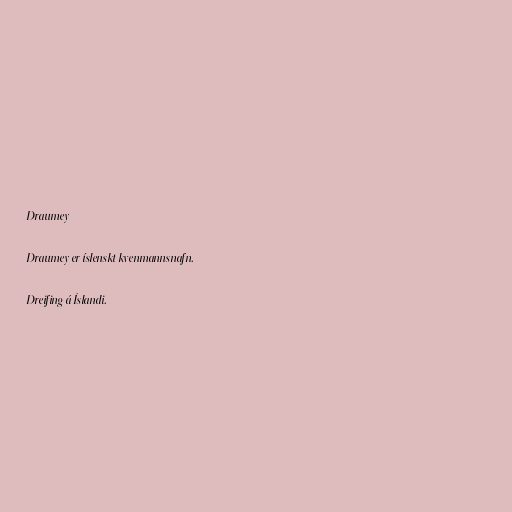
Draumey

Draumey er íslenskt kvenmannsnafn.

Dreifing á Íslandi.